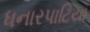
ધનારપાટિયા